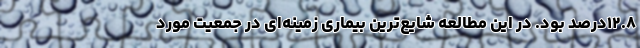
۱۲.۸درصد بود. در این مطالعه شایع‌ترین بیماری زمینه‌ای در جمعیت مورد